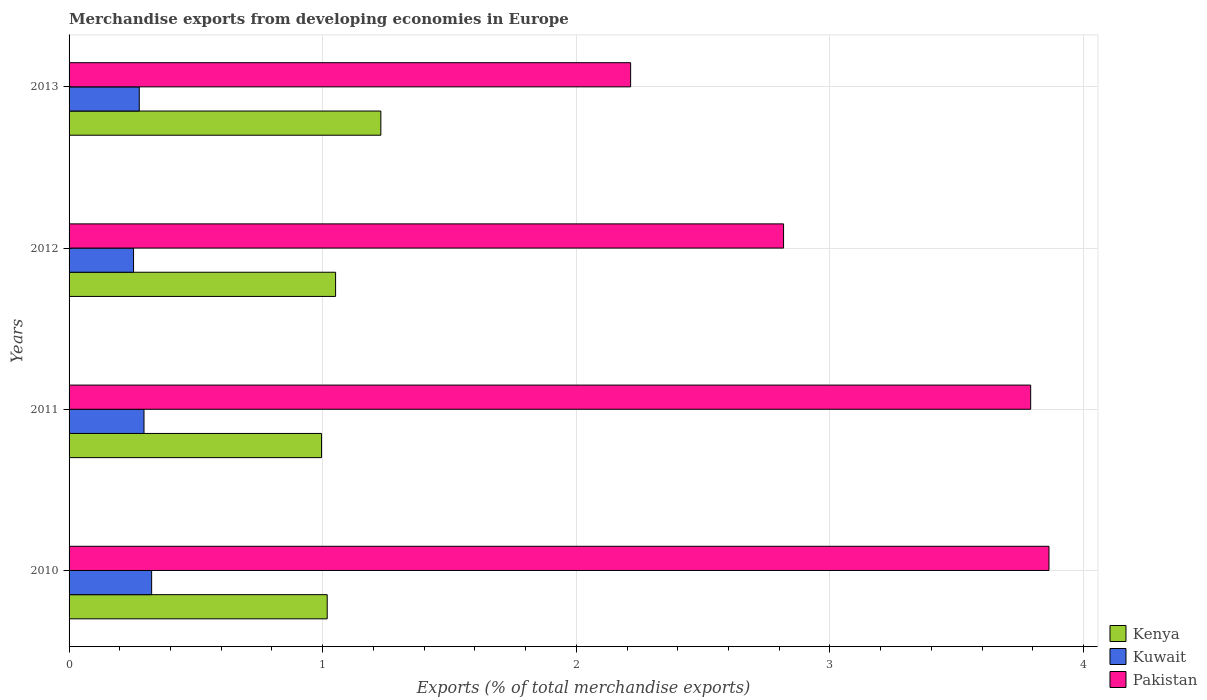
| Years | Kenya | Kuwait | Pakistan |
 | --- | --- | --- | --- |
 | 2010 | 1.02 | 0.326 | 3.86 |
 | 2011 | 0.995 | 0.295 | 3.79 |
 | 2012 | 1.05 | 0.254 | 2.82 |
 | 2013 | 1.23 | 0.277 | 2.21 |